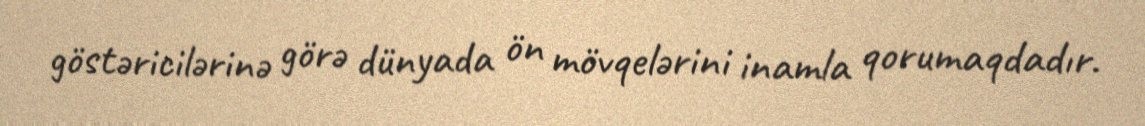
göstəricilərinə görə dünyada ön mövqelərini inamla qorumaqdadır.